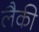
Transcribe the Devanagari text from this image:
लैकी